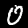
Digit: 0